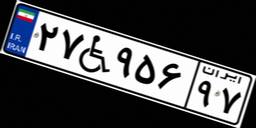
۲۷W۹۵۶۹۷